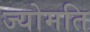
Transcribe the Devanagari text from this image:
ज्योमति